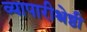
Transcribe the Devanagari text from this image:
व्यापारीश्रेष्ठी